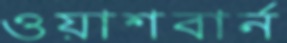
ওয়াশবার্ন